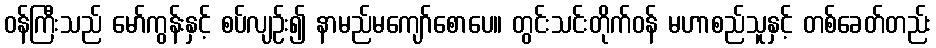
ဝန်ကြီးသည် မော်ကွန်းနှင့် စပ်လျဉ်း၍ နာမည်မကျော်စောပေ။ တွင်းသင်းတိုက်ဝန် မဟာစည်သူနှင့် တစ်ခေတ်တည်း